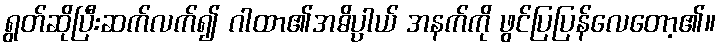
ရွတ်ဆိုပြီးဆက်လက်၍ ဂါထာ၏အဓိပ္ပာယ် အနက်ကို ဖွင်ပြပြန်လေတော့၏။